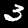
Label: 3